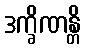
ဒက္ခိဏန္တိ